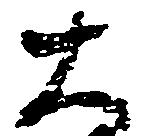
大